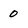
Character: 0